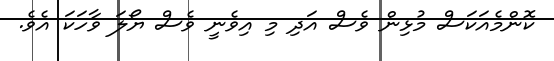
ކޮންމެއަކަސް މުޅިން ވެސް އަދި މި އިވެނީ ވެސް ޔޯލަ ވާހަކަ އެވެ.